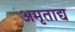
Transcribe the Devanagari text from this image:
अमृताद्य